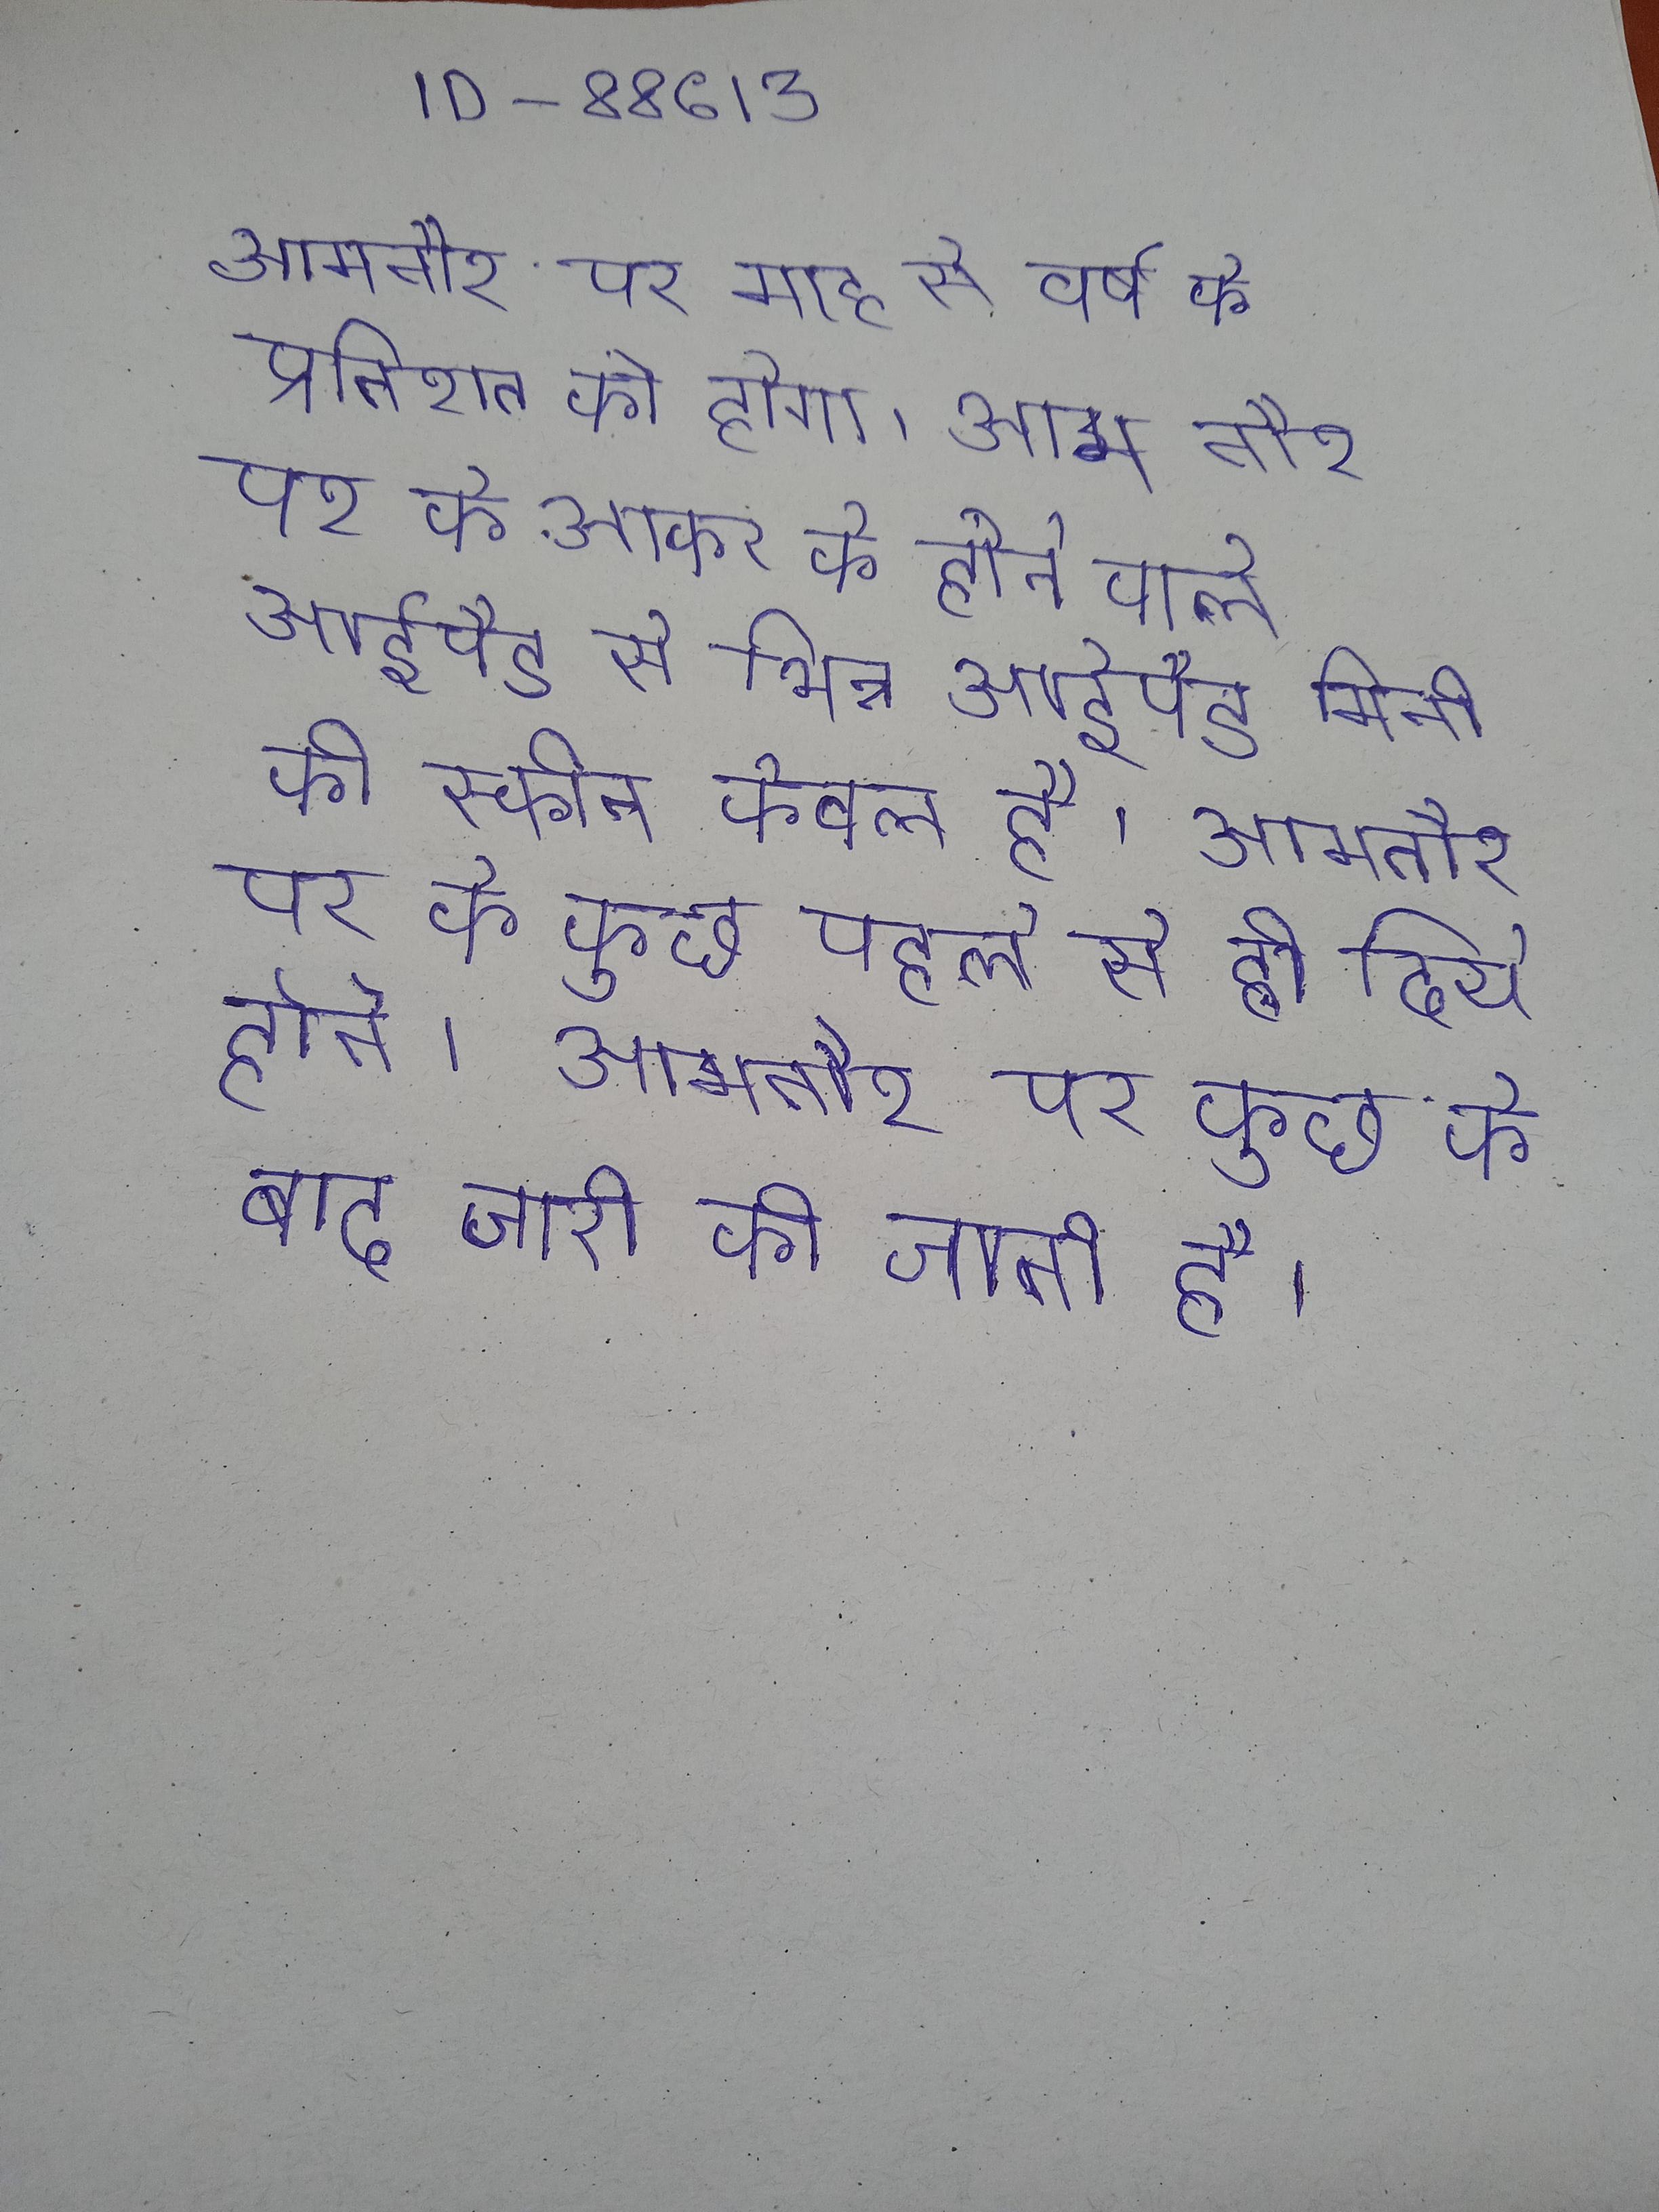
आमतौर पर माह से वर्ष के प्रतिशत को होगा । आम तौर पर के आकर के होने वाले आईपैड से भिन्न आईपैड मिनी की स्क्रीन केवल है । आमतौर पर के कुछ पहले से ही दिये होते । आमतौर पर कुछ के बाद जारी की जाती है ।